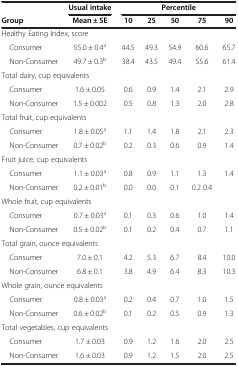
<table><thead><tr><td><b> </b></td><td><b>Usual intake</b></td><td colspan="5"><b>Percentile</b></td></tr><tr><td><b>Group</b></td><td><b>Mean ± SE</b></td><td><b>10</b></td><td><b>25</b></td><td><b>50</b></td><td><b>75</b></td><td><b>90</b></td></tr></thead><tbody><tr><td colspan="7">Healthy Eating Index, score</td></tr><tr><td> Consumer</td><td>55.0 ± 0.4<sup>a</sup></td><td>44.5</td><td>49.3</td><td>54.9</td><td>60.6</td><td>65.7</td></tr><tr><td> Non-Consumer</td><td>49.7 ± 0.3<sup>b</sup></td><td>38.4</td><td>43.5</td><td>49.4</td><td>55.6</td><td>61.4</td></tr><tr><td colspan="7">Total dairy, cup equivalents</td></tr><tr><td> Consumer</td><td>1.6 ± 0.05</td><td>0.6</td><td>0.9</td><td>1.4</td><td>2.1</td><td>2.9</td></tr><tr><td> Non-Consumer</td><td>1.5 ± 0.002</td><td>0.5</td><td>0.8</td><td>1.3</td><td>2.0</td><td>2.8</td></tr><tr><td colspan="7">Total fruit, cup equivalents</td></tr><tr><td> Consumer</td><td>1.8 ± 0.05<sup>a</sup></td><td>1.1</td><td>1.4</td><td>1.8</td><td>2.1</td><td>2.3</td></tr><tr><td> Non-Consumer</td><td>0.7 ± 0.02<sup>b</sup></td><td>0.2</td><td>0.3</td><td>0.6</td><td>0.9</td><td>1.4</td></tr><tr><td colspan="7">Fruit juice, cup equivalents</td></tr><tr><td> Consumer</td><td>1.1 ± 0.03<sup>a</sup></td><td>0.8</td><td>0.9</td><td>1.1</td><td>1.3</td><td>1.4</td></tr><tr><td> Non-Consumer</td><td>0.2 ± 0.01<sup>b</sup></td><td>0.0</td><td>0.0</td><td>0.1</td><td>0.2 0.4</td><td> </td></tr><tr><td colspan="7">Whole fruit, cup equivalents</td></tr><tr><td> Consumer</td><td>0.7 ± 0.03<sup>a</sup></td><td>0.1</td><td>0.3</td><td>0.6</td><td>1.0</td><td>1.4</td></tr><tr><td> Non-Consumer</td><td>0.5 ± 0.02<sup>b</sup></td><td>0.1</td><td>0.2</td><td>0.4</td><td>0.7</td><td>1.1</td></tr><tr><td colspan="7">Total grain, ounce equivalents</td></tr><tr><td> Consumer</td><td>7.0 ± 0.1</td><td>4.2</td><td>5.3</td><td>6.7</td><td>8.4</td><td>10.0</td></tr><tr><td> Non-Consumer</td><td>6.8 ± 0.1</td><td>3.8</td><td>4.9</td><td>6.4</td><td>8.3</td><td>10.3</td></tr><tr><td colspan="7">Whole grain, ounce equivalents</td></tr><tr><td> Consumer</td><td>0.8 ± 0.03<sup>a</sup></td><td>0.2</td><td>0.4</td><td>0.7</td><td>1.0</td><td>1.5</td></tr><tr><td> Non-Consumer</td><td>0.6 ± 0.02<sup>b</sup></td><td>0.1</td><td>0.2</td><td>0.5</td><td>0.9</td><td>1.3</td></tr><tr><td colspan="7">Total vegetables, cup equivalents</td></tr><tr><td> Consumer</td><td>1.7 ± 0.03</td><td>0.9</td><td>1.2</td><td>1.6</td><td>2.0</td><td>2.5</td></tr><tr><td> Non-Consumer</td><td>1.6 ± 0.03</td><td>0.9</td><td>1.2</td><td>1.5</td><td>2.0</td><td>2.5</td></tr></tbody></table>